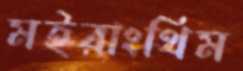
মইরাংথিম